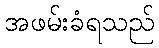
အဖမ်းခံရသည်